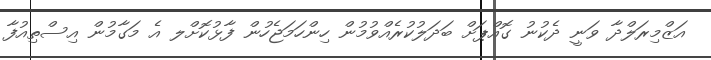
އަޒްމިރަލްދާ ވަނީ ދެކުނު ގޮއްޕަށް ބަދަލުކުރެއްވުމުން ހިންހަމަޖެހުން ފާޅުކޮށްލ އެ މަގާމުން އިސްތިއުފާ